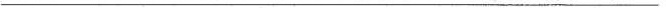
___